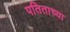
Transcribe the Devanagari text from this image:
पतिताच्या